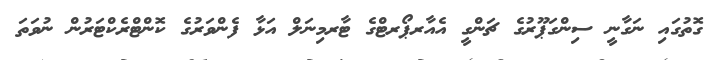
ގޮތުގައި ނަގާނީ ސިންގަޕޫރުގެ ޗަންގީ އެއާރޕޯރޓްގެ ޓާރމިނަލް އަޅާ ފެންވަރުގެ ކޮންޓްރެކްޓަރުން ނުވަތަ